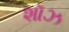
શૉઝ